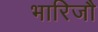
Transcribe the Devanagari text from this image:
भारिजौ